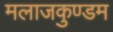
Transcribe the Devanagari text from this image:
मलाजकुण्डम